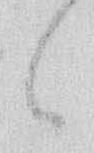
々